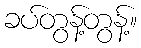
ခပ်တွန့်တွန့်။